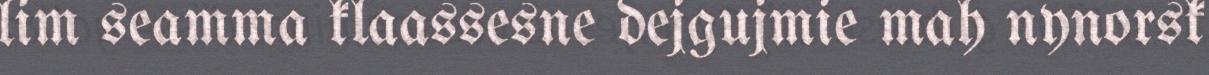
lim seamma klaassesne dejgujmie mah nynorsk